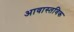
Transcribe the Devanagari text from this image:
आवास्तविक